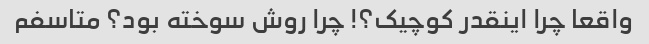
واقعا چرا اینقدر کوچیک؟! چرا روش سوخته بود؟ متاسفم